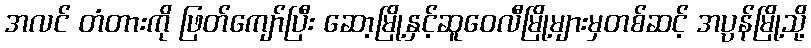
အလင် တံတားကို ဖြတ်ကျော်ပြီး ဆော့မြို့နှင့်ဆူဝေလီမြို့များမှတစ်ဆင့် အပ္ပန်မြို့သို့